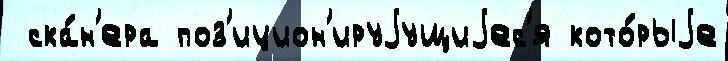
 ска́н'ера поз'ицион'ируjущиjес'я кото́рыjе